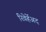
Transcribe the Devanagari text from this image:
रिवेर्हेअद